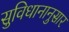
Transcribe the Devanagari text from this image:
सुविधानानुसार